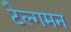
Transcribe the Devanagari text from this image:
टैल्गमन